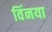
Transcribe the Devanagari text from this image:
विंनया